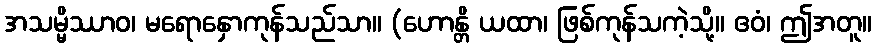
အသမ္မိဿာဝ၊ မရောနှောကုန်သည်သာ။ (ဟောန္တိ ယထာ၊ ဖြစ်ကုန်သကဲ့သို့။ ဧဝံ၊ ဤအတူ။